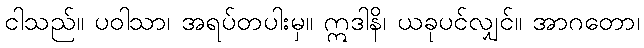
ငါသည်။ ပဝါသာ၊ အရပ်တပါးမှ။ ဣဒါနိ၊ ယခုပင်လျှင်။ အာဂတော၊